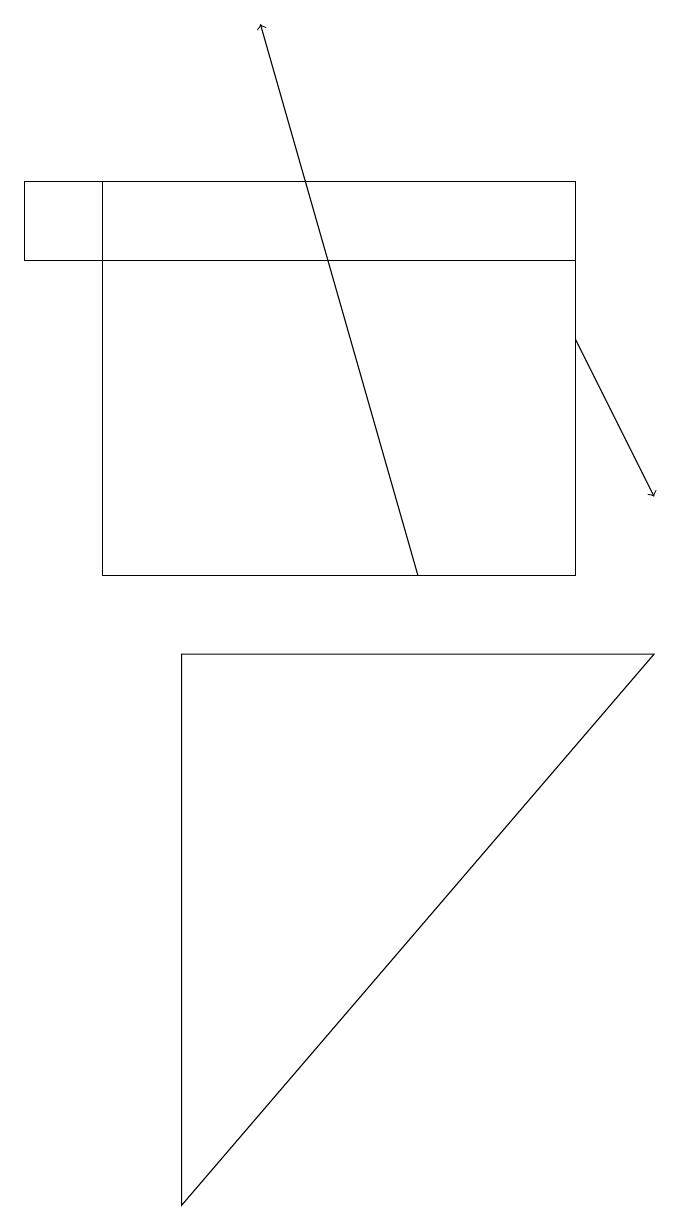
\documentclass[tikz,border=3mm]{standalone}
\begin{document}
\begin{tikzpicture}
\draw[->] (8,13) -- (9,11);
\draw[->] (6,10) -- (4,17);
\draw (8,15) rectangle (1,14);
\draw (3,9) -- (3,2) -- (9,9) -- cycle;
\draw (2,10) rectangle (8,15);
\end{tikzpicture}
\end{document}